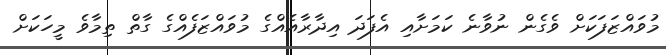
މުވައްޒަފަކަށް ވެގެން ނުވާނެ ކަމަށާއި އެފަދަ އިދާރާއެއްގެ މުވައްޒަފެއްގެ ގާތް ތިމާވެ މީހަކަށް